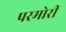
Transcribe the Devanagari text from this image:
परमोरी